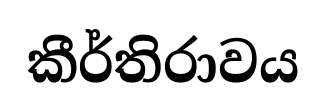
කීර්තිරාවය